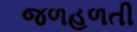
જળહળતી